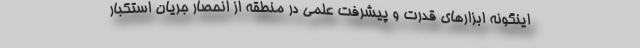
اینگونه ابزارهای قدرت و پیشرفت علمی در منطقه از انحصار جریان استکبار